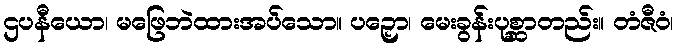
ဌပနီယော၊ မဖြေဘဲထားအပ်သော။ ပဉှော၊ မေးခွန်းပုစ္ဆာတည်း။ တံဇီဝံ၊